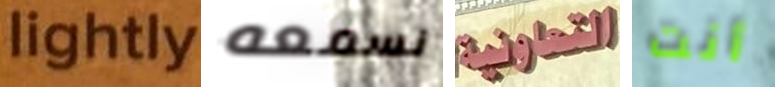
lightly نسمعه التعاونية أنت